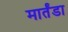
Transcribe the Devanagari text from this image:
मार्तंडा